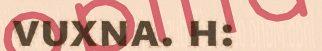
vuxna. h: